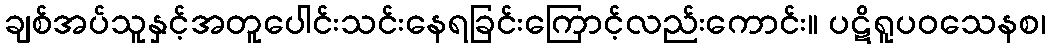
ချစ်အပ်သူနှင့်အတူပေါင်းသင်းနေရခြင်းကြောင့်လည်းကောင်း။ ပဋိရူပဝသေနစ၊